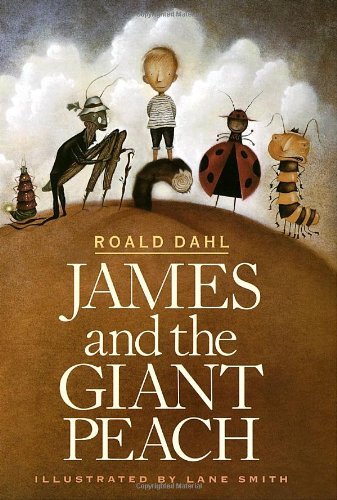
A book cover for James and the Giant Peach; Roald Dahl; Children's Books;